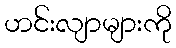
ဟင်းလျာများကို